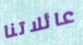
عائلاتنا